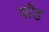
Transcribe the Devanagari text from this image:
पाॅॅड